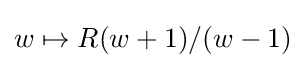
w\mapsto R(w+1)/(w-1)